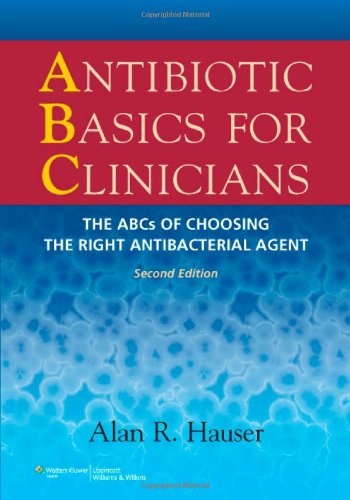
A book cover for Antibiotic Basics for Clinicians: The ABCs of Choosing the Right Antibacterial Agent; Alan R. Hauser MD  PhD; Medical Books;